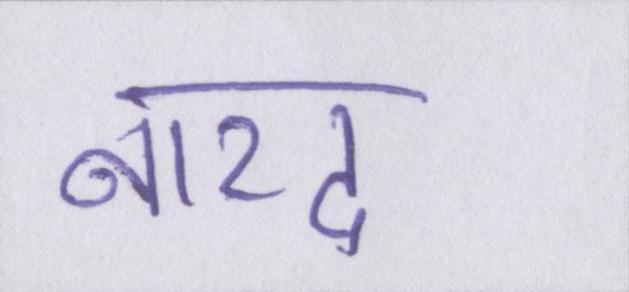
नारद